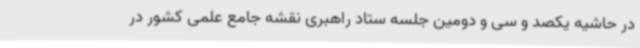
در حاشیه یکصد و سی و دومین جلسه ستاد راهبری نقشه جامع علمی کشور در